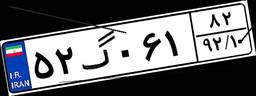
۵۲گ۰۶۱۸۲